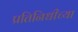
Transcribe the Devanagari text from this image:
प्रतिनिधीच्या